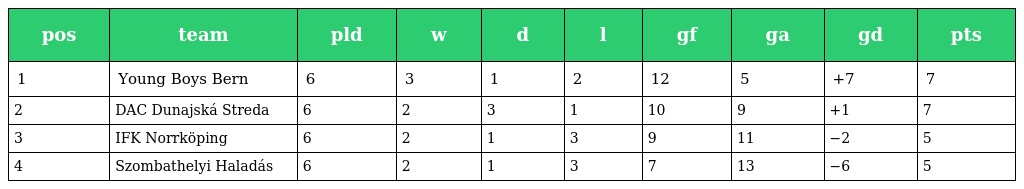
| pos | team | pld | w | d | l | gf | ga | gd | pts |
 | --- | --- | --- | --- | --- | --- | --- | --- | --- | --- |
 | 1 | Young Boys Bern | 6 | 3 | 1 | 2 | 12 | 5 | +7 | 7 |
 | 2 | DAC Dunajská Streda | 6 | 2 | 3 | 1 | 10 | 9 | +1 | 7 |
 | 3 | IFK Norrköping | 6 | 2 | 1 | 3 | 9 | 11 | −2 | 5 |
 | 4 | Szombathelyi Haladás | 6 | 2 | 1 | 3 | 7 | 13 | −6 | 5 |